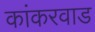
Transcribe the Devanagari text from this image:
कांकरवाड